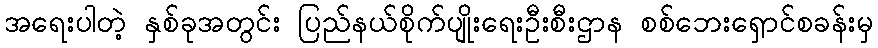
အရေးပါတဲ့ နှစ်ခုအတွင်း ပြည်နယ်စိုက်ပျိုးရေးဦးစီးဌာန စစ်ဘေးရှောင်စခန်းမှ